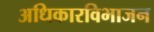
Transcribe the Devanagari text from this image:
अधिकारविभाजन